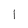
Character: I